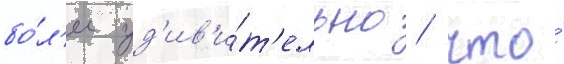
бо́л'ее уд'ив'и́т'ельно / что́